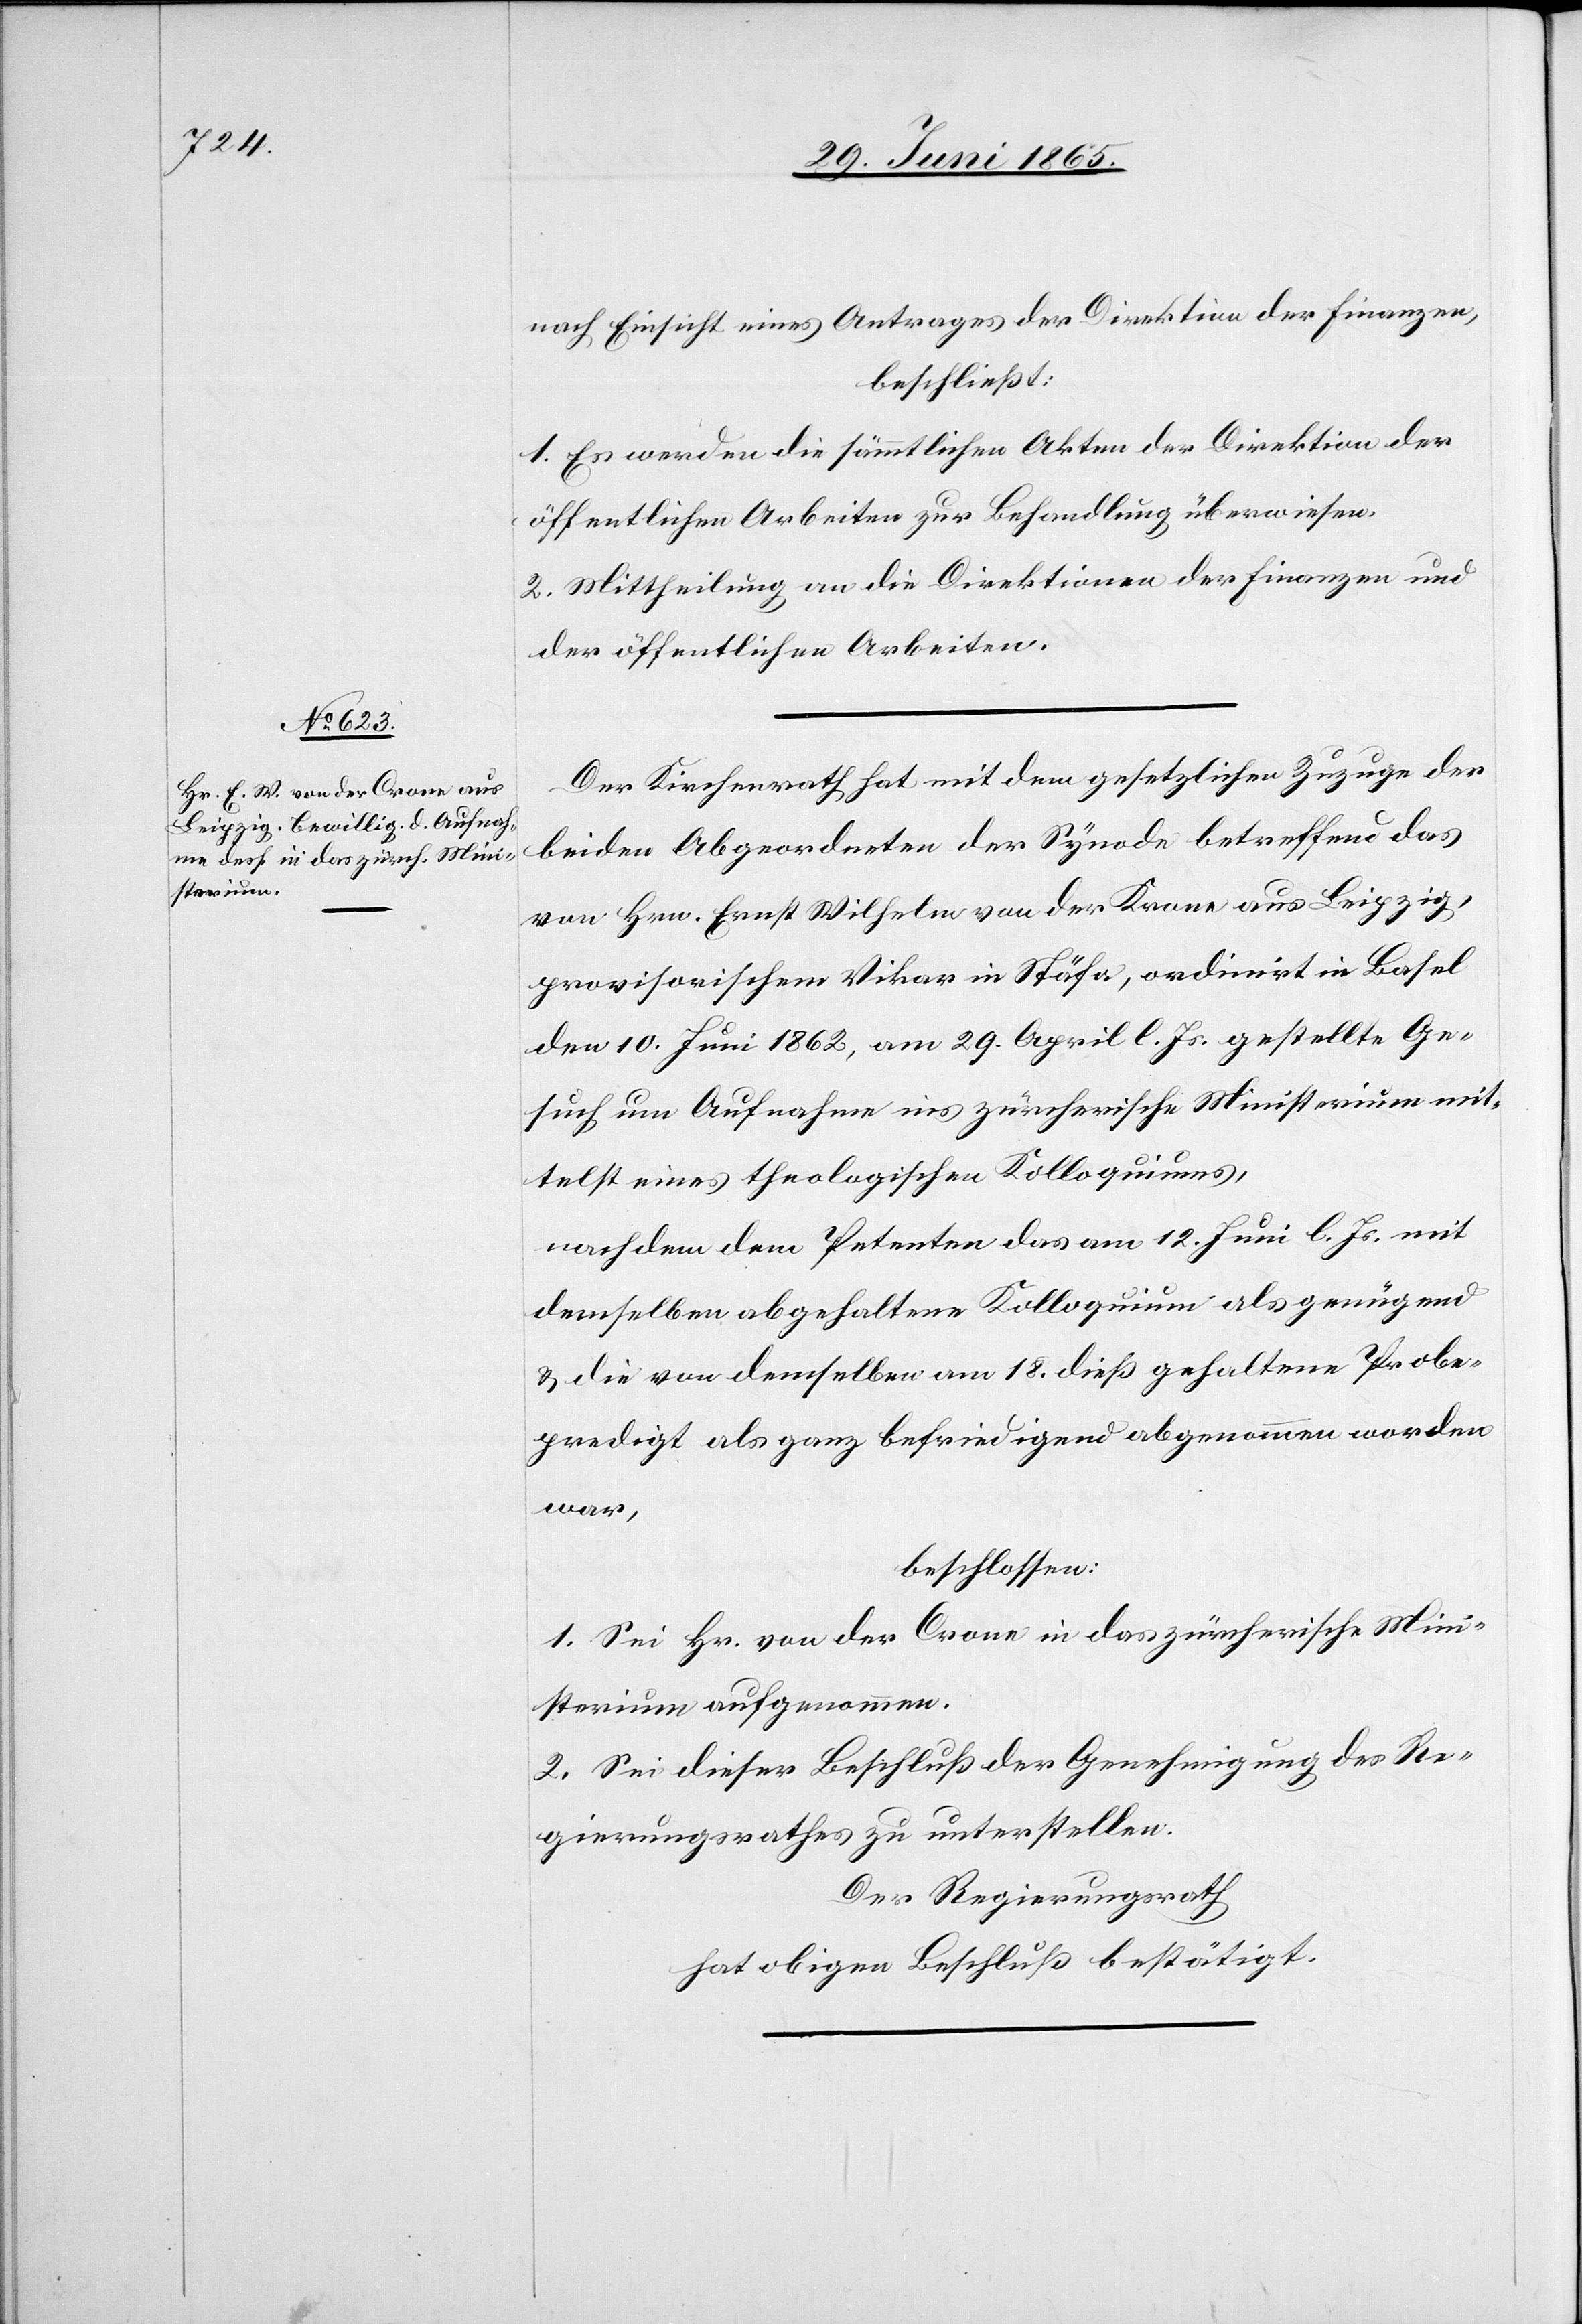
nach Einsicht eines Antrages der Direktion der Finanzen,
beschließt:
1. Es werden die sämmtlichen Akten der Direktion der
öffentlichen Arbeiten zur Behandlung überwiesen.
2. Mittheilung an die Direktion der Finanzen und
der öffentlichen Arbeiten.
Der Kirchenrath hat mit dem gesetzlichen Zuzuge der
beiden Abgeordneten der Synode betreffend das
von Hrn. Ernst Wilhelm von der Krone [sic!] aus Leipzig,
provisorischem Vikar in Stäfa, ordinirt in Basel
den 10. Juni 1862, am 29. April l. Js. gestellte Ge¬
such um Aufnahme ins zürcherische Ministerium mit¬
telst eines theologischen Kolloquiums,
nachdem dem Petenten das am 12. Juni l. Js. mit
demselben abgehaltene Kolloquium als genügend
& die von demselben am 18. dieß gehaltene Probe¬
predigt als ganz befriedigend abgenommen worden
war,
beschlossen:
1. Sei Hr. von der Crone in das zürcherische Mini¬
sterium aufgenommen.
2. Sei dieser Beschluß der Genehmigung des Re¬
gierungsrathes zu unterstellen.
Der Regierungsrath
hat obigen Beschluß bestätitgt.